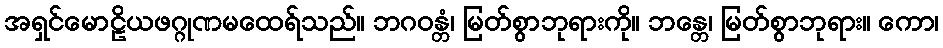
အရှင်မောဠိယဖဂ္ဂုဏမထေရ်သည်။ ဘဂဝန္တံ၊ မြတ်စွာဘုရားကို။ ဘန္တေ၊ မြတ်စွာဘုရား။ ကော၊